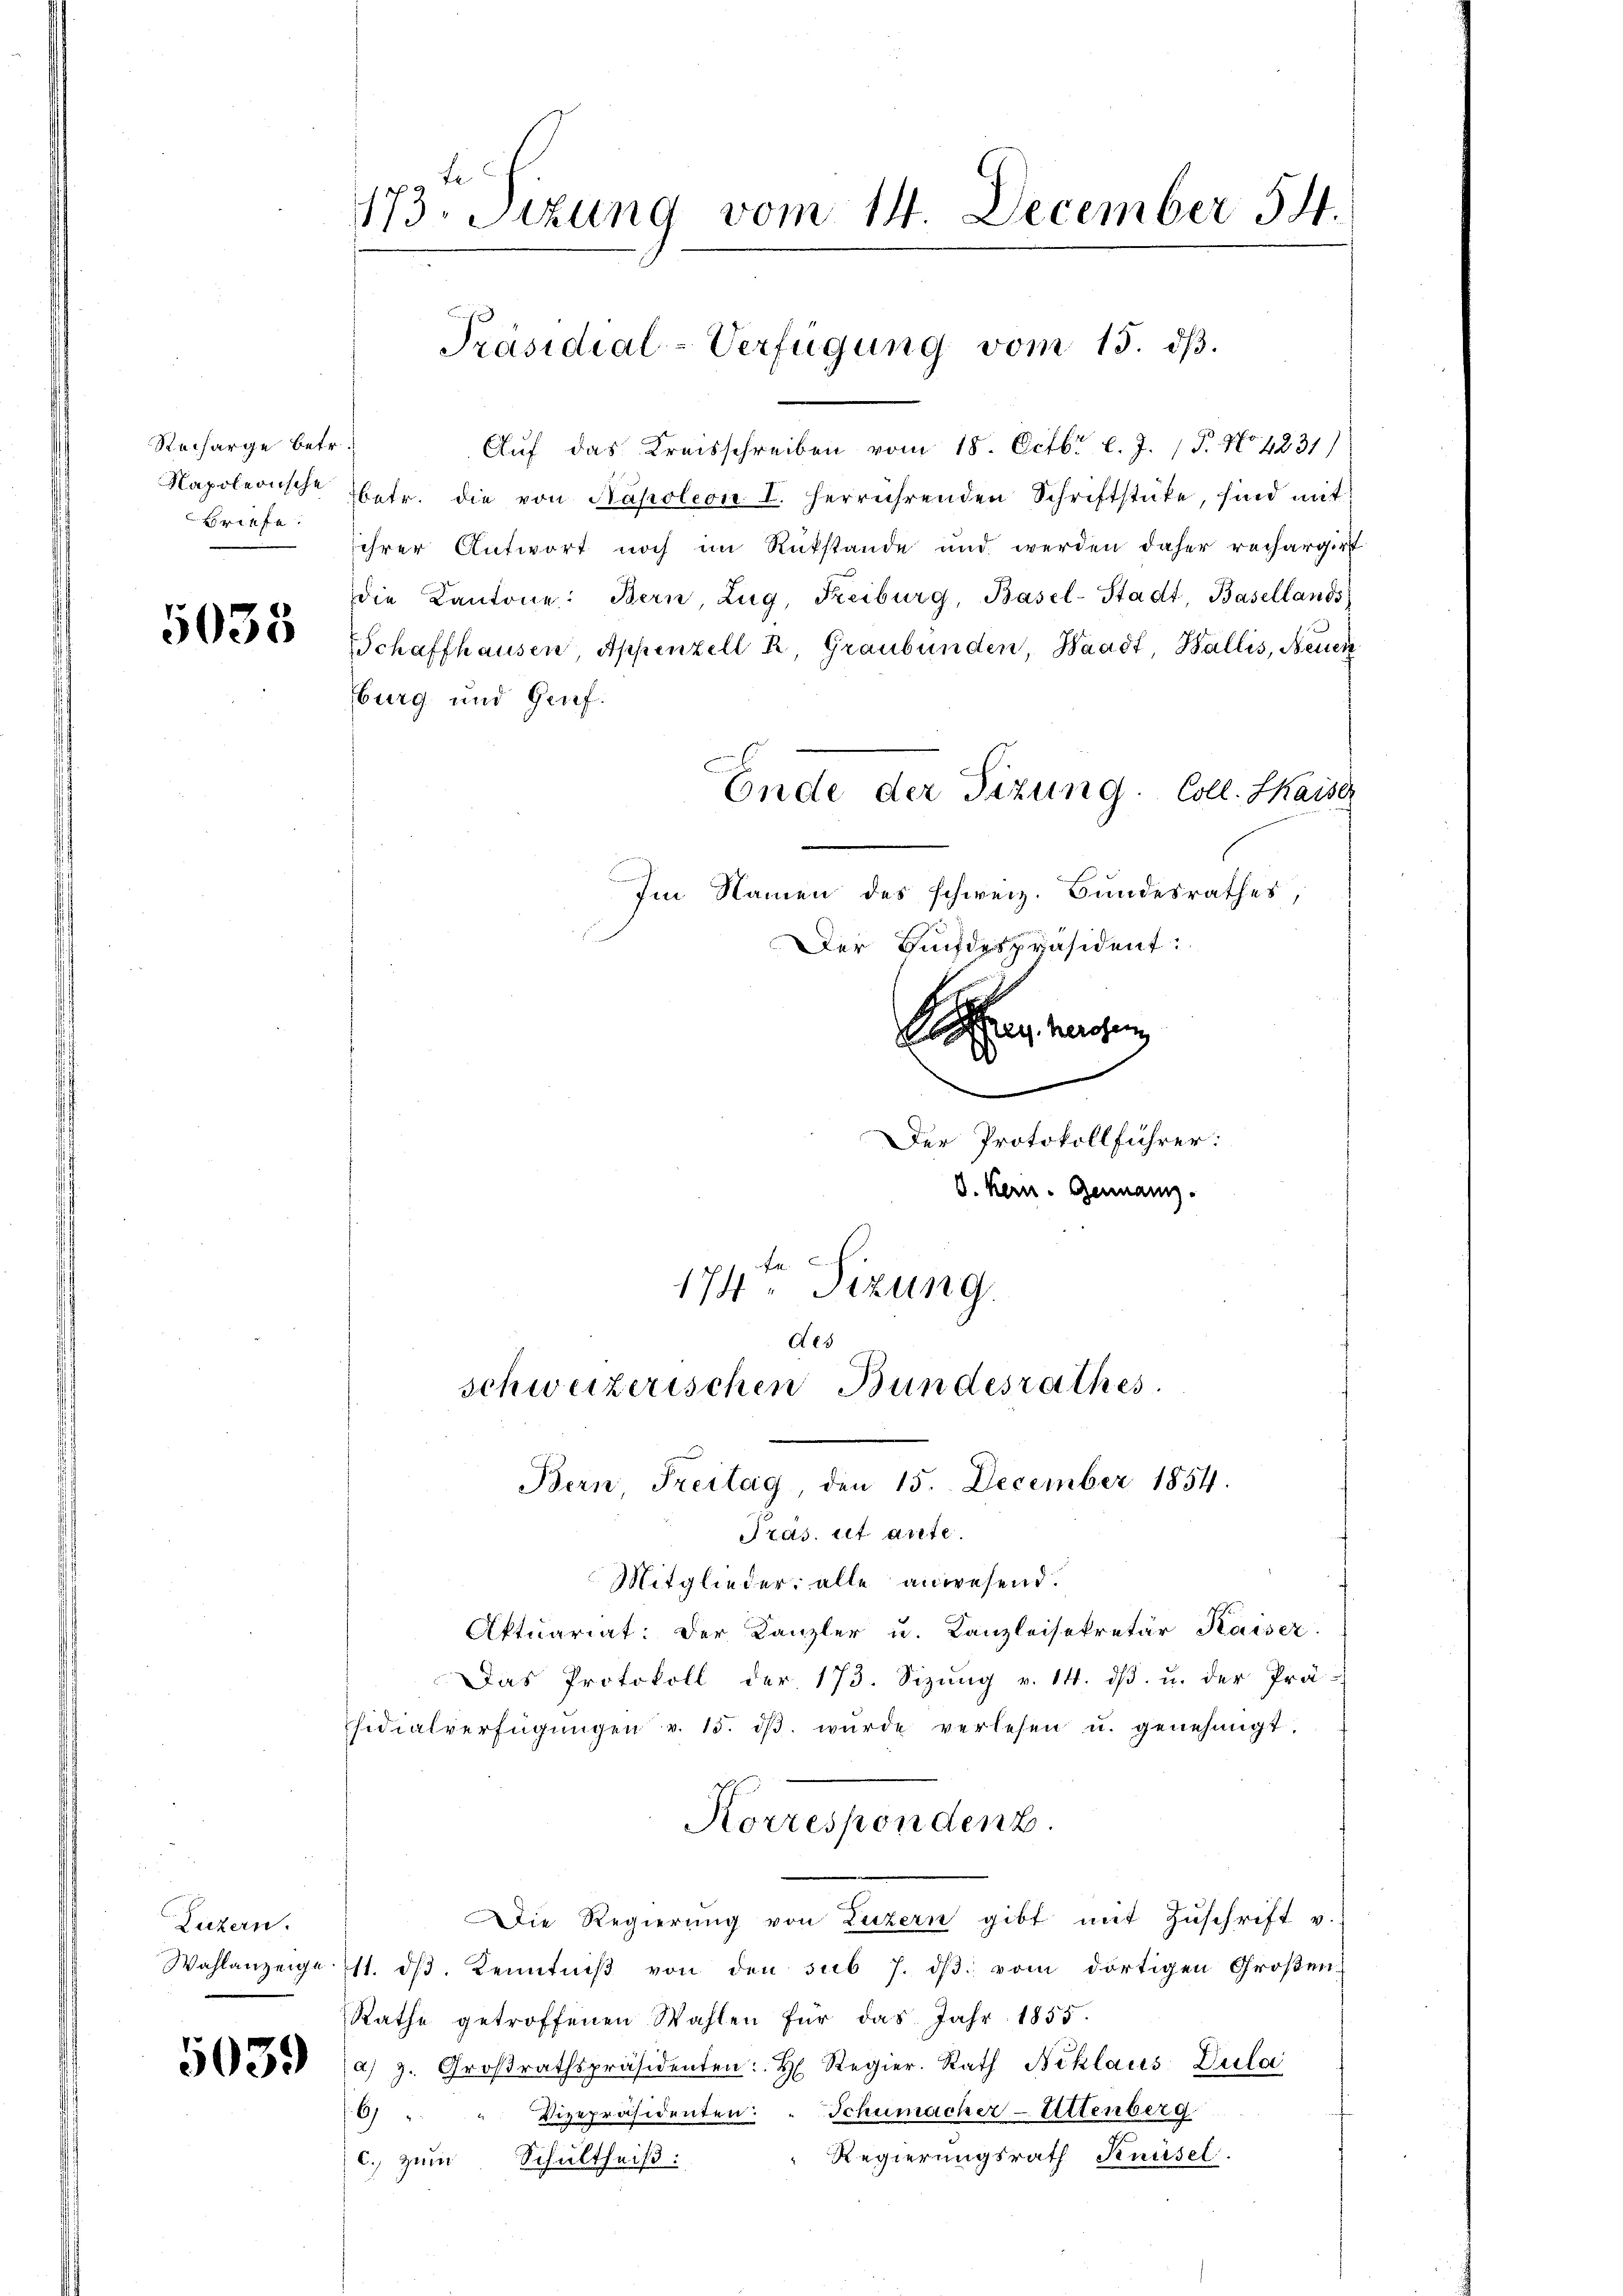
Recharge betr.
Napoleonische
Brinfa

5035

Luzern.

173 Sizung vom 14. December 54.

Auf das Kreisschreiben vom 18. Octbr. l. J. P. No 4831)
betr. die von Napoleon I. herrührenden Schriftstücke, sind mit
ihrer Antwort noch im Rückstände und werden daher rechargirt
Die Kantone: Bern, Zug, Freiburg, Basel-Stadt, Basellands
Schaffhausen, Appenzell A. Graubünden, Waadt, Wallis, Neuer
burg und Genf.
Ende der Sizung. Coll. Kaiser
Im Namen des schweiz. Bundesrathes,
Der Bundespräsident:
Setzen waren,
.
Der Protokollführer:
d. Kern. Germann.
174ten Sizung

Präsidial-Verfügung vom 15. dβ.

des
schweizerischen Bundesrathes.
Bern, Freitag, den 15. December 1854.
Pras. ist arte.

Mitglieder alle anwesend.
Aktuariat. Der Kanzler u. Kanzleisekretär Kaiser.
Das Protokoll der 173. Sizung v. 14. ds. u. der Prä-
sidialverfügŭngen v. 15. dβ wŭrde verlesen u. genehmigt.
Korresponden.
Die Regierŭng von Luzern gibt mit Zŭschrift v.
Wahlanzeige 11. dβ. Kenntniβ von den sub 7. dβ vom dortigen Großen¬
Rathe getroffenen Wahlen für das Jahr 1855.
31 de la z. Großrathspräsidenten: H. Regier. Rath Niklaus Dula
6) " " Vizepräsidenten: " Schumacher-Uttenberg
Regierungsrath Knüsel.
c. zum Schultheiß: